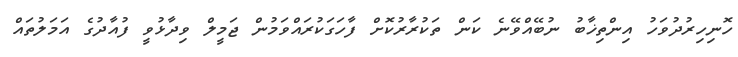
ހޮނިހިރުދުވަހު އިންތިޚާބު ނުބޭއްވޭނެ ކަން ތަކުރާރުކޮށް ފާހަގަކުރައްވަމުން ޖަމީލް ވިދާޅުވީ ފުއާދުގެ އަމަލުތައް